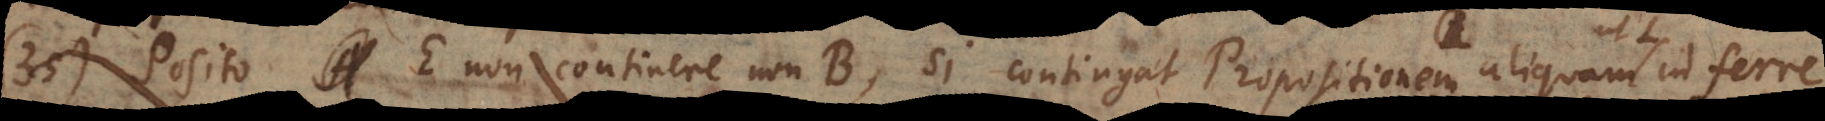
Posito E non continere non-B, si contingat Propositionem aliquam ut L inferre